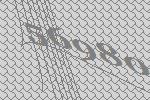
56980